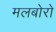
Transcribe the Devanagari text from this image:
मलबोरो